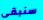
سنبقى